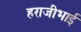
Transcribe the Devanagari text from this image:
हराजीभाई